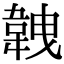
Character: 𩎥